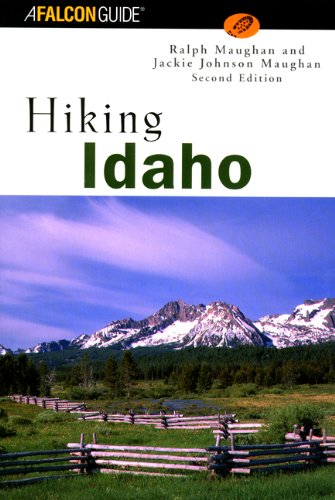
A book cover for Hiking Idaho, 2nd (State Hiking Guides Series); Luke Kratz; Travel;